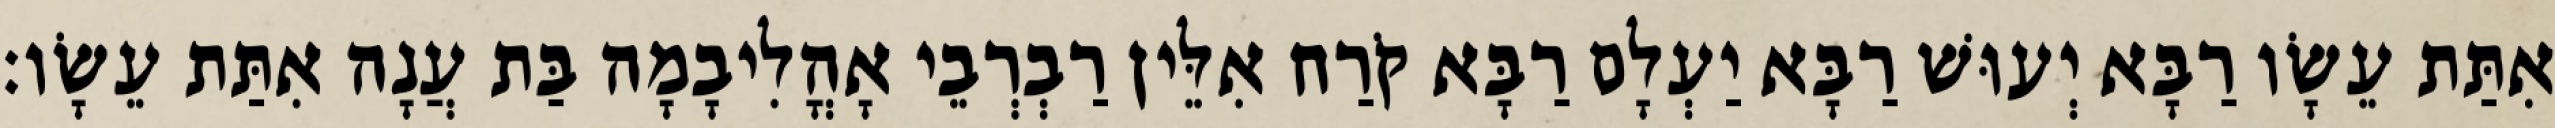
אִתַּת עֵשָׂו רַבָּא יְעוּשׁ רַבָּא יַעְלָם רַבָּא קֹרַח אִלֵּין רַבְרְבֵי אָהֳלִיבָמָה בַּת עֲנָה אִתַּת עֵשָׂו׃